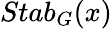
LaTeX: Stab_{G}(x)